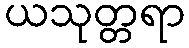
ယသုတ္တရာ